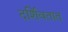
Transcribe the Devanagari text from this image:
दर्शिवतात